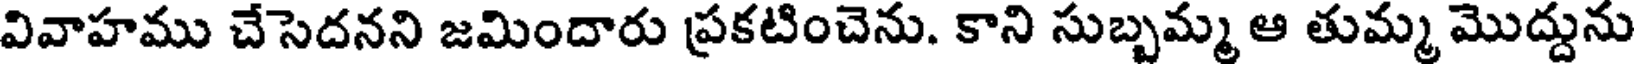
వివాహము చేసెదనని జమిందారు ప్రకటించెను. కాని సుబ్బమ్మ ఆ తుమ్మ మొద్దును